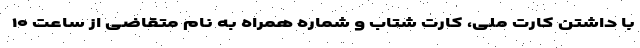
با داشتن کارت ملی، کارت شتاب و شماره همراه به نام متقاضی از ساعت ۱۰